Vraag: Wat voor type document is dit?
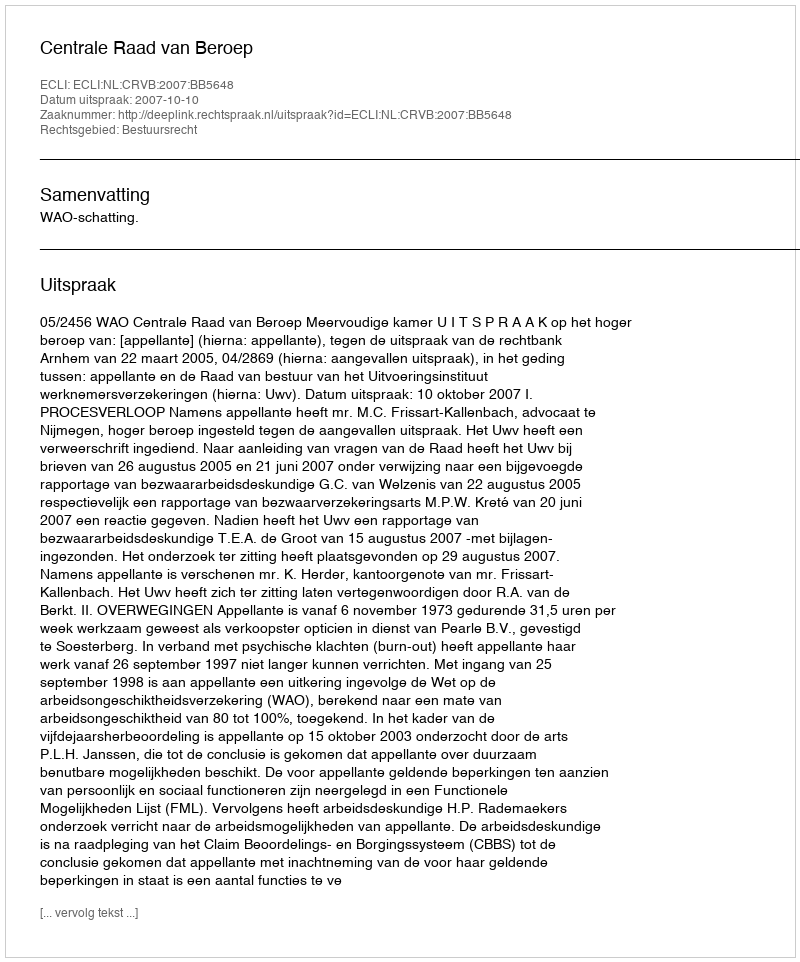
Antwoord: Uitspraak